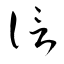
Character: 信